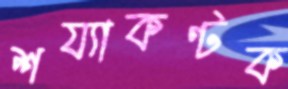
শয্যাকণ্টক